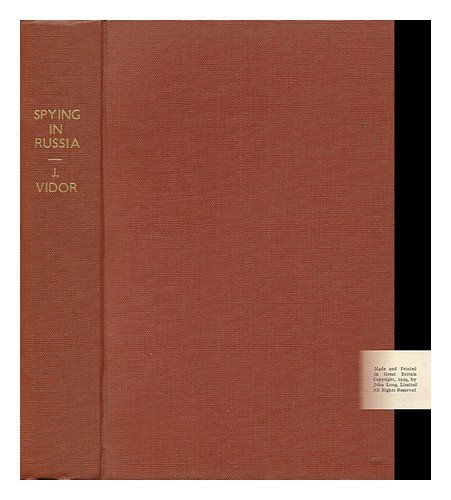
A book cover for Spying in Russia,; John Vidor; Travel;